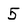
Character: 5